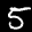
Label: 5